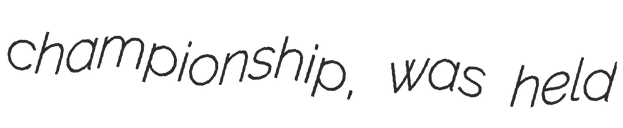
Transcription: championship, was held